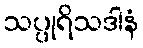
သပ္ပုရိသဒါနံ